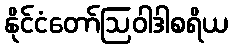
နိုင်ငံတော်ဩဝါဒါစရိယ